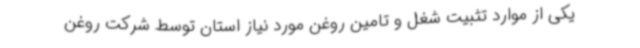
یکی از موارد تثبیت شغل و تامین روغن مورد نیاز استان توسط شرکت روغن